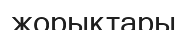
жорықтары